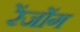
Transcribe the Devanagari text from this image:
रेंजोंग